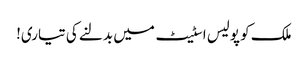
ملک کو پولیس اسٹیٹ میں بدلنے کی تیاری!